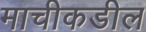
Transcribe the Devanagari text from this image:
माचीकडील